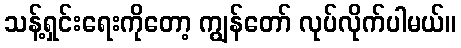
သန့်ရှင်းရေးကိုတော့ ကျွန်တော် လုပ်လိုက်ပါမယ်။